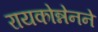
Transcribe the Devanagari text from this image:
रायकोन्नेनने